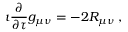
\imath \frac { \partial } { \partial \tau } g _ { \mu \nu } = - 2 R _ { \mu \nu } \, ,